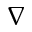
\nabla